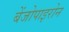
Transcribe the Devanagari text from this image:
बेंजोपाइरोन